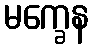
မက္ခေန